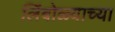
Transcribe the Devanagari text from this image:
लिंबोळ्याच्या